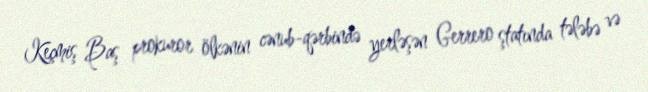
Keçmiş Baş prokuror ölkənin cənub-qərbində yerləşən Gerrero ştatında tələbə və